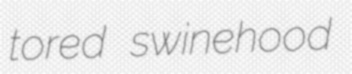
tored swinehood